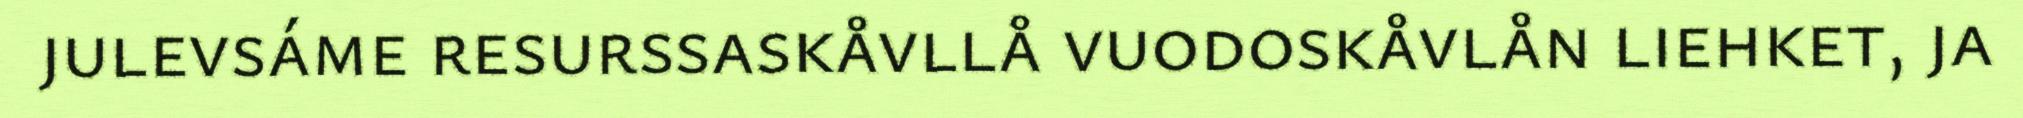
julevsáme resurssaskåvllå vuodoskåvlån liehket, ja